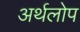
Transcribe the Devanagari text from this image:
अर्थलोप